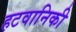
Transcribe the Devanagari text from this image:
हटवानिकी